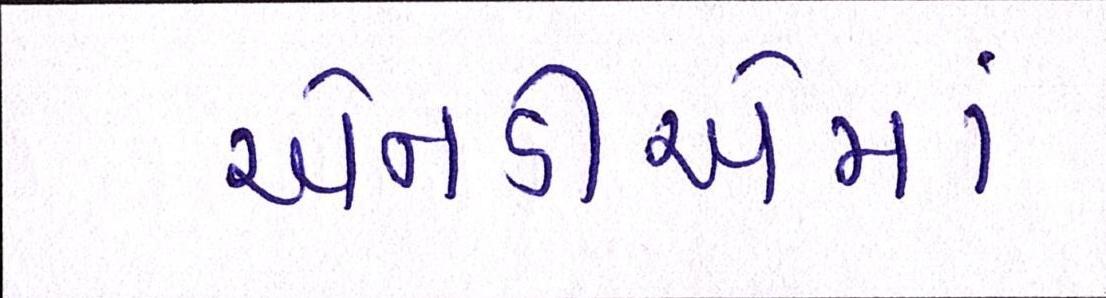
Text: એનડીએમાં